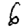
Digit: 6